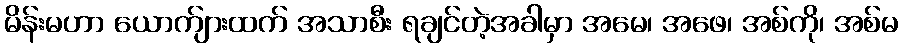
မိန်းမဟာ ယောက်ျားထက် အသာစီး ရချင်တဲ့အခါမှာ အမေ၊ အဖေ၊ အစ်ကို၊ အစ်မ